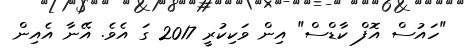
"ހައުސް އޮފް ކާޑްސް" އިން ވަކިކުރީ 2017 ގަ އެވެ. އޭނާ އެއިން